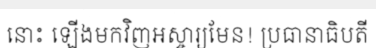
នោះ ឡើងមកវិញអស្ចារ្យមែន! ប្រធានាធិបតី